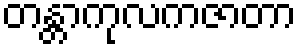
တန္တာကုလကဇာတာ